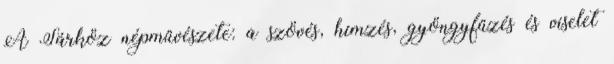
A Sárköz népművészete: a szövés, hímzés, gyöngyfűzés és viselet